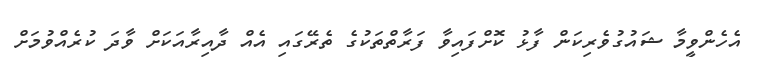
އެހެންވީމާ ޝައުގުވެރިކަން ފާޅު ކޮށްފައިވާ ފަރާތްތަކުގެ ތެރޭގައި އެއް ދާއިރާއަކަށް ވާދަ ކުރެއްވުމަށް